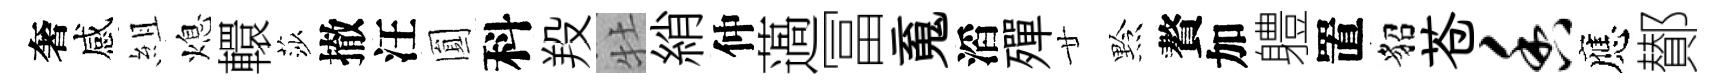
奢感組熄轘莎撤汪圎科羖牡綃仲薖冨䰟滔殫廿黔贅加軆置貂苍香應鄼